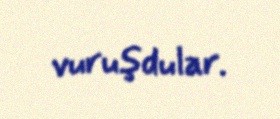
vuruşdular.